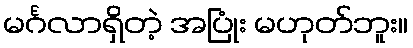
မင်္ဂလာရှိတဲ့ အပြုံး မဟုတ်ဘူး။